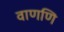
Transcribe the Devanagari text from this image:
वाणणि